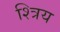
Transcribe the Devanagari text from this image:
श्त्रिय